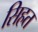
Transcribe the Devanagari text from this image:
सिहत